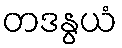
တဒနွယံ